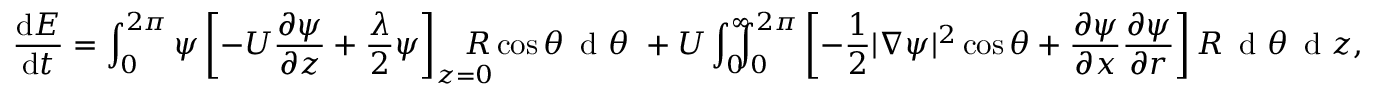
\frac { \mathrm { d } E } { \mathrm { d } t } = \int _ { 0 } ^ { 2 \pi } \psi \left[ - U \frac { \partial \psi } { \partial z } + \frac { \lambda } { 2 } \psi \right] _ { z = 0 } \! \! \! \! \! \! \! R \cos \theta \, \textrm { d } \theta \, \, + U \int _ { 0 } ^ { \infty } \! \! \! \! \int _ { 0 } ^ { 2 \pi } \left[ - \frac { 1 } { 2 } | \nabla \psi | ^ { 2 } \cos \theta + \frac { \partial \psi } { \partial x } \frac { \partial \psi } { \partial r } \right] R \, \textrm { d } \theta \, \textrm { d } z ,